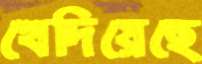
খেদিয়েছে